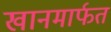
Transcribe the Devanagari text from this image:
खानमार्फत